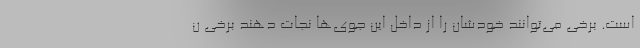
است. برخی می‌توانند خودشان را از داخل این جوی‌ها نجات دهند برخی ن